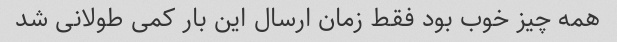
همه چیز خوب بود فقط زمان ارسال این بار کمی طولانی شد